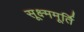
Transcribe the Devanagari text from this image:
सूक्ष्ममूर्ति